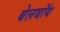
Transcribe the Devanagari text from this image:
बेलबॉय